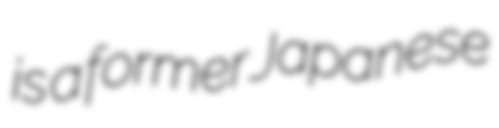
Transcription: is a former Japanese